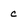
Character: c